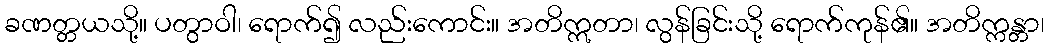
ခဏတ္တယသို့။ ပတွာဝါ၊ ရောက်၍ လည်းကောင်း။ အတိဣတာ၊ လွန်ခြင်းသို့ ရောက်ကုန်၏။ အတိက္ကန္တာ၊